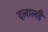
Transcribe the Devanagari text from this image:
दलालहैं